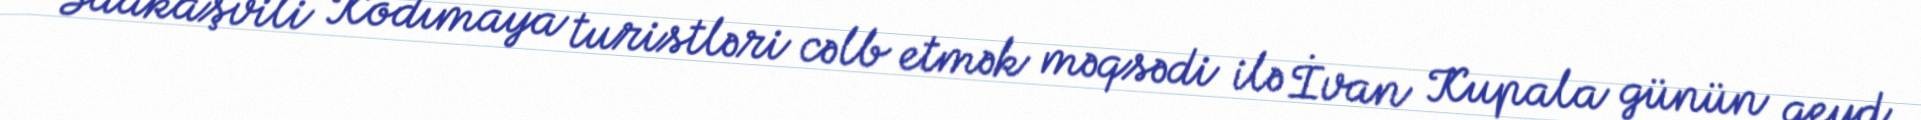
Saakaşvili Kodımaya turistləri cəlb etmək məqsədi ilə İvan Kupala günün qeyd